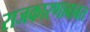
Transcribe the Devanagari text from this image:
राजकारणाबाबत